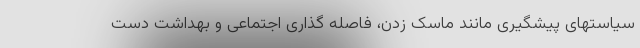
سیاستهای پیشگیری مانند ماسک زدن، فاصله گذاری اجتماعی و بهداشت دست